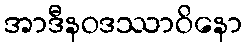
အာဒီနဝဒဿာဝိနော